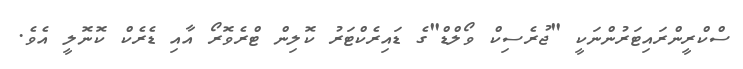
ސްކްރީންރައިޓަރުންނަކީ "ޖުރެސިކް ވޯލްޑް"ގެ ޑައިރެކްޓަރު ކޮލިން ޓްރެވޮރޯ އާއި ޑެރެކް ކޮނޮލީ އެވެ.